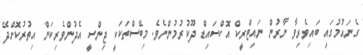
ގެނައުމުގައި ބައިވެރިވާ ނާރުން ނައިޓްރީކް އޮކްސައިޑް ދޫކުރުމުންނެވެ. މިބޭސްތަކަކީ ޖިންސީ އެދުންވެރިކަން އިތުރުކޮށްދޭ